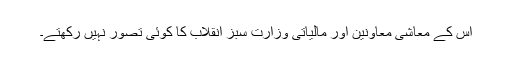
اس کے معاشی معاونین اور مالیاتی وزارت سبز انقلاب کا کوئی تصور نہیں رکھتے۔